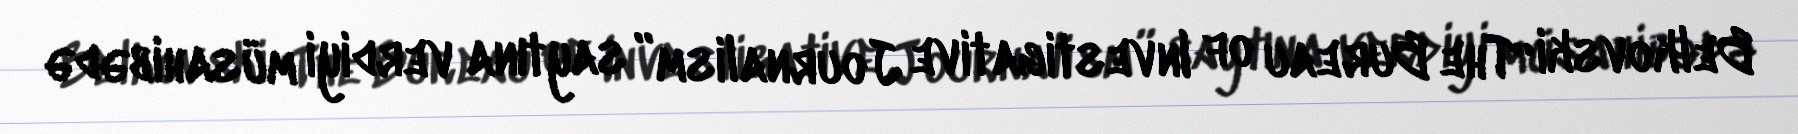
Belkovski “The Bureau of Investigative Journalism” saytına verdiyi müsahibədə